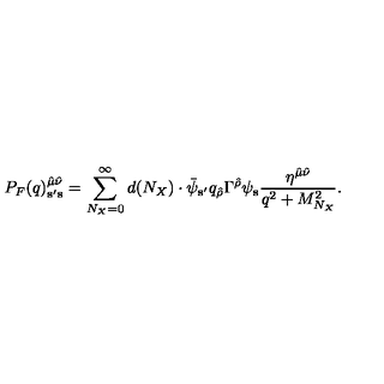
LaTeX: P _ { F } ( q ) _ { { \bf s } ^ { \prime } { \bf s } } ^ { { \hat { \mu } } { \hat { \nu } } } = \sum _ { N _ { X } = 0 } ^ { \infty } d ( N _ { X } ) \cdot { \bar { \psi } } _ { { \bf s } ^ { \prime } } q _ { \hat { \rho } } \Gamma ^ { \hat { \rho } } \psi _ { \bf s } { \frac { \eta ^ { { \hat { \mu } } { \hat { \nu } } } } { q ^ { 2 } + M _ { N _ { X } } ^ { 2 } } } .